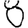
Digit: 8